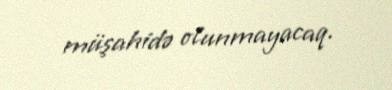
müşahidə olunmayacaq.